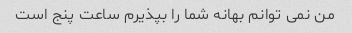
من نمی توانم بهانه شما را بپذیرم ساعت پنج است